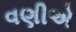
વણીએ